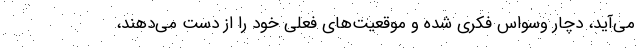
می‌آید، دچار وسواس فکری شده و موقعیت‌های فعلی خود را از دست می‌دهند،